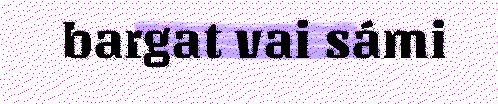
bargat vai sámi